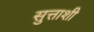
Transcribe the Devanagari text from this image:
सुत्ताशी